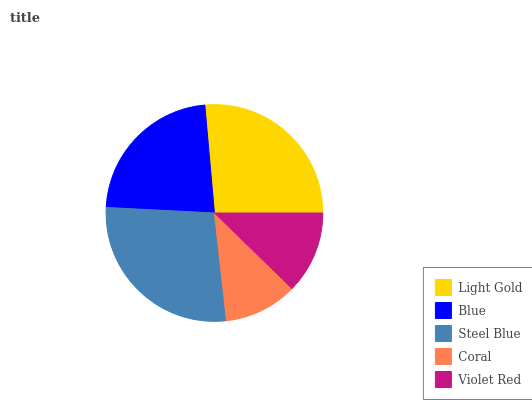
| Light Gold | Blue | Steel Blue | Coral | Violet Red |
 | --- | --- | --- | --- | --- |
 | 26.4% | 22.8% | 27.5% | 10.9% | 12.3% |